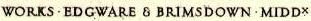
WORKS·EDGWARE&BRIMSDOWN·MIDDX